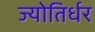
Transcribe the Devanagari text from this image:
ज्योतिर्धर